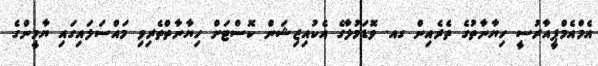
އެމްއެމްޕީއާރުސީ ހިޔާނާތުގެ ތެރެއިން ގއ. ވޮޑަމުލާގެ އެކުއިޒިޝަން ކޮސްޓަށް ހިޔާނާތްތެރިވި މައްސަލައިގައި ޔާމީންގެ